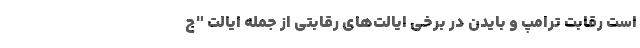
است رقابت ترامپ و بایدن در برخی ایالت‌های رقابتی از جمله ایالت "ج